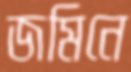
জমিনে